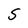
Character: S